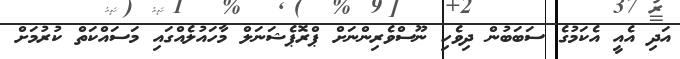
އަދި އެއީ އެކަމުގެ ސަބަބުން ދިވެހި ނޫސްވެރިންނަށް ޕްރޮޕެޝަނަލް މާހައުލެއްގައި މަސައްކަތް ކުރުމަށް